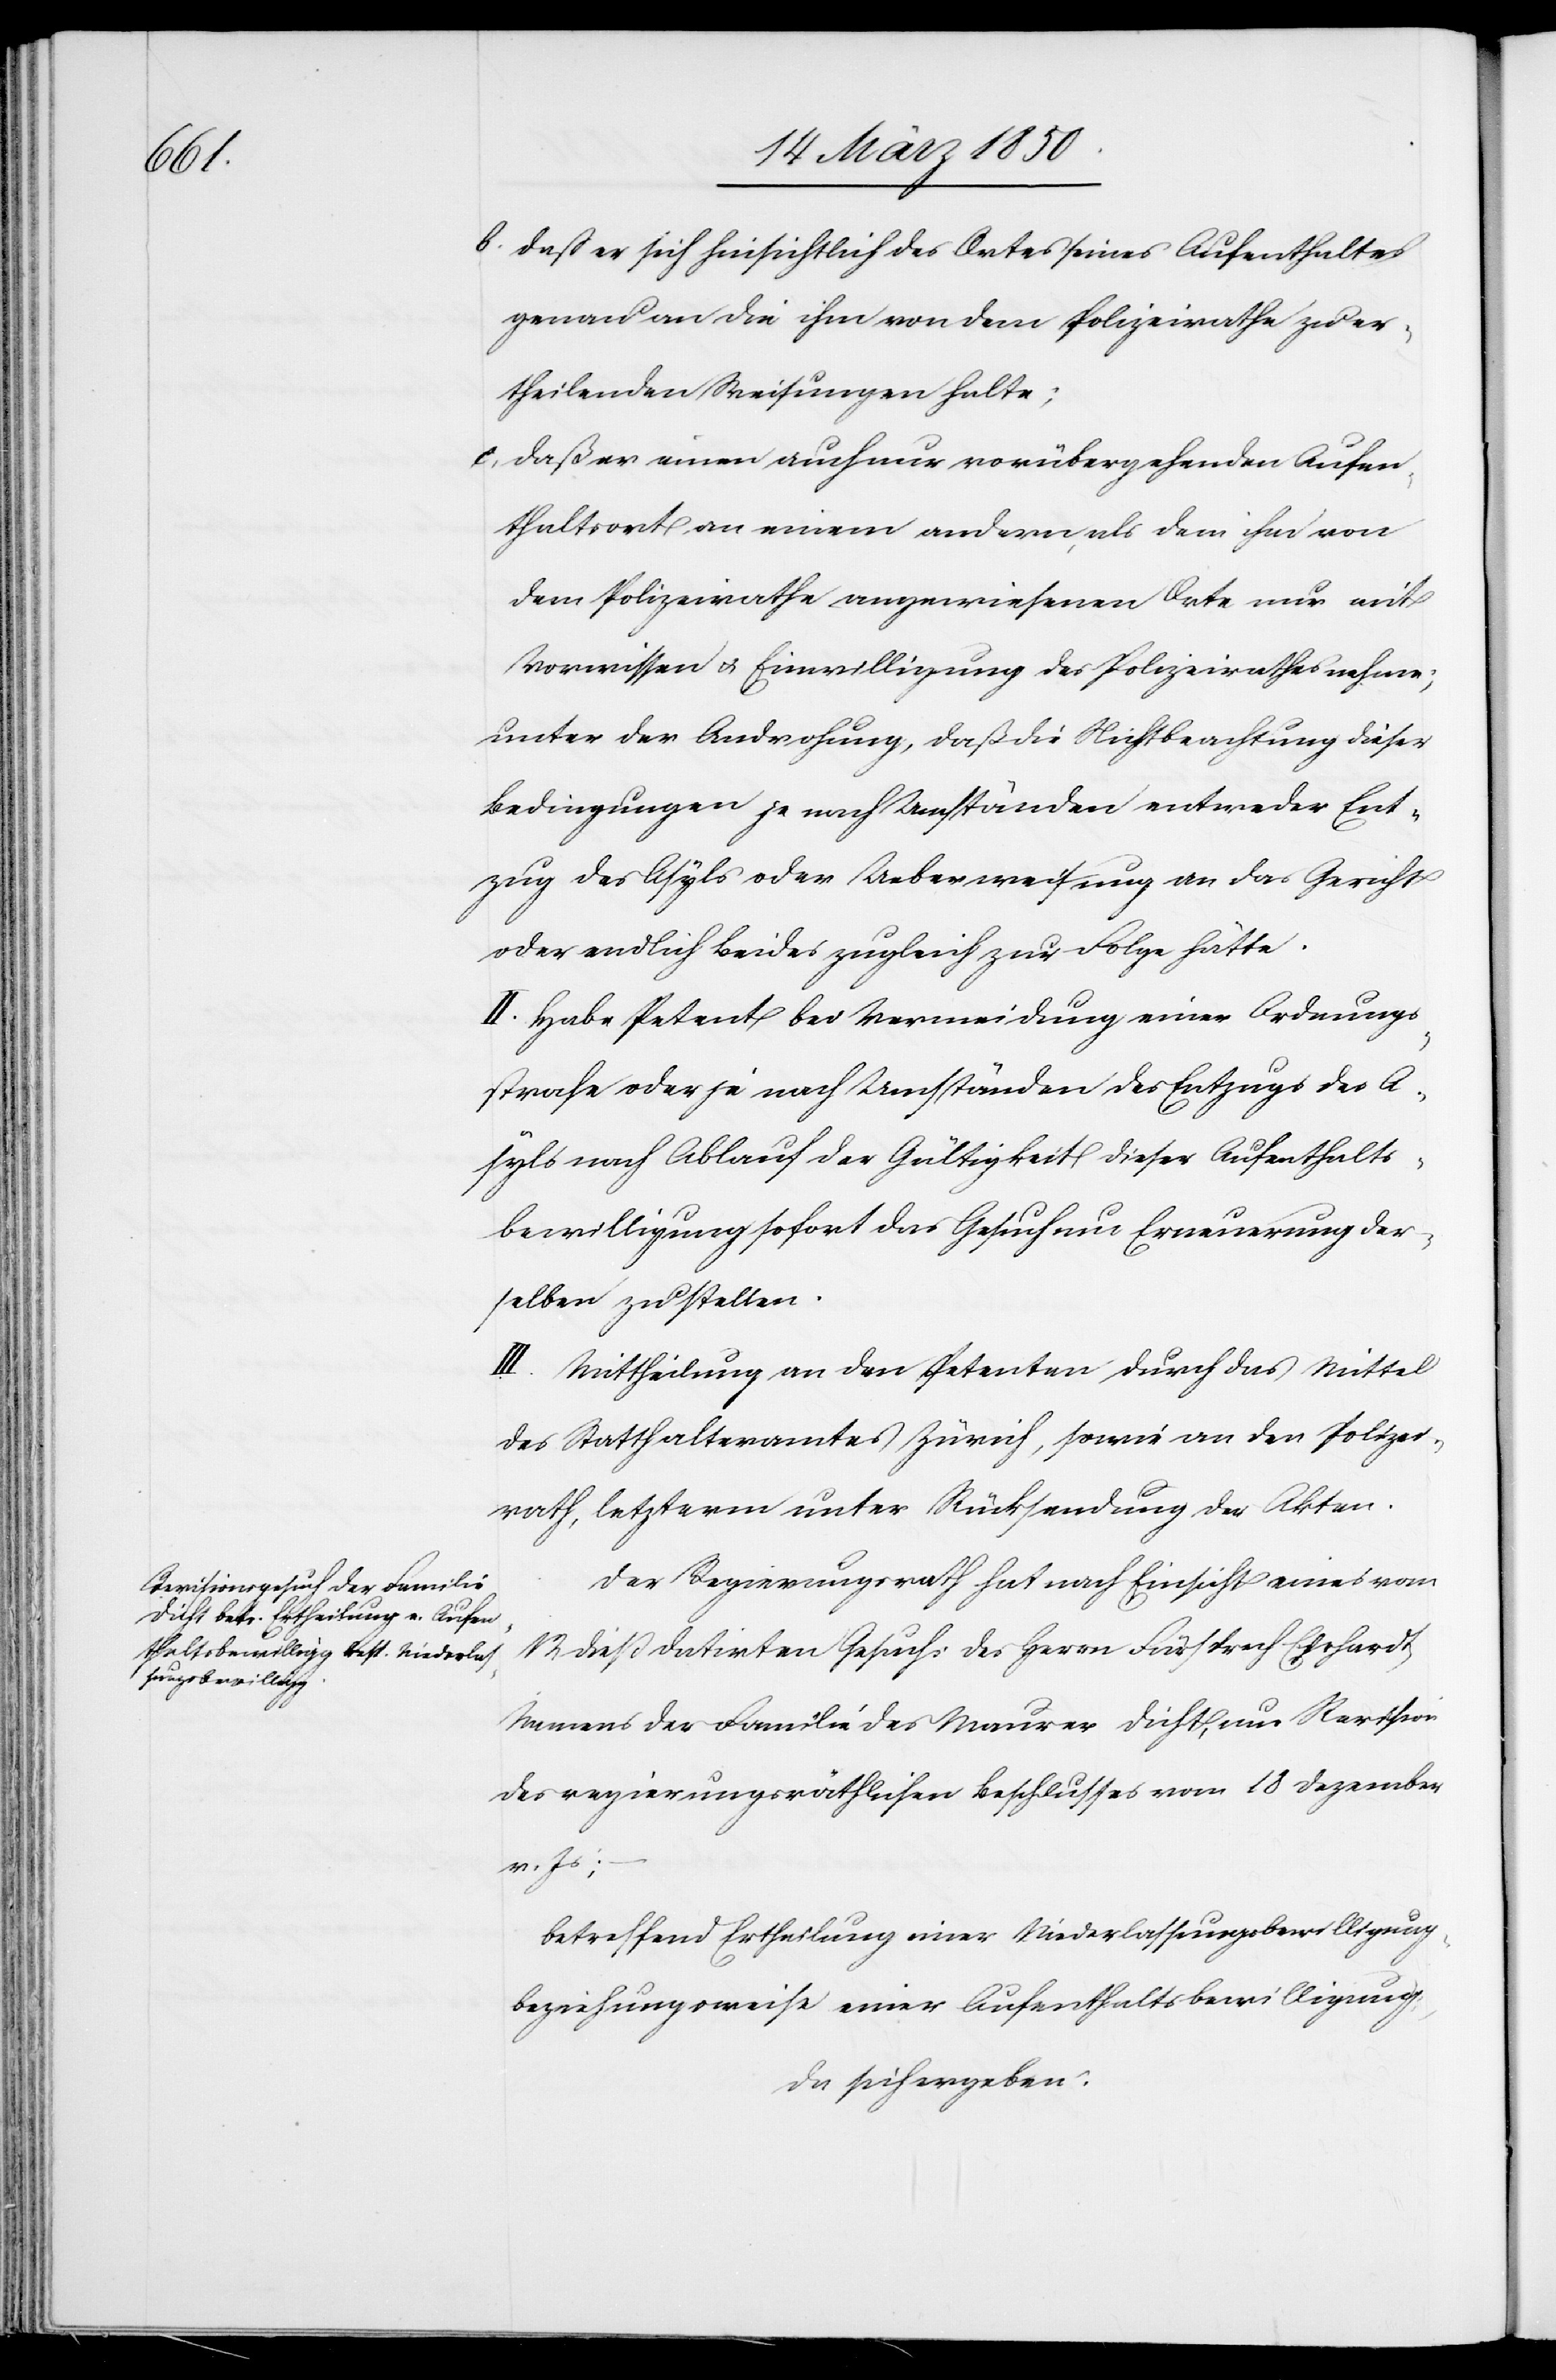
b. daß er sich hinsichtlich des Ortes seines Aufenthaltes
genau an die ihm von dem Polizeirathe zu er¬
theilenden Weisungen halte;
c, daß er einen auch nur vorübergehenden Aufen¬
thaltsort an einem andern, als dem ihm von
dem Polizeirathe angewiesenen Orte nur mit
Vorwissen u. Einwilligung des Polizeirathes nehme;
unter der Androhung, daß die Nichtbeachtung dieser
Bedingungen je nach Umständen entweder Ent¬
zug des Asyls oder Ueberweisung an das Gericht
oder endlich beides zugleich zur Folge hätte.
II. Habe Petent bei Vermeidung einer Ordnungs¬
strafe oder je nach Umständen des Entzugs des A¬
syls nach Ablauf der Gültigkeit dieser Aufenthalts¬
bewilligung sofort das Gesuch um Erneuerung der¬
selben zu stellen.
III. Mittheilung an den Petenten durch das Mittel
des Statthalteramtes Zürich, sowie an den Polizei¬
rath, letzterm unter Rücksendung der Akten.
Der Regierungsrath hat nach Einsicht eines vom
12 dieß datirten Gesuchs des Herrn Fürsprech Ehrhardt
Namens der Familie des Maurer Dicht, um Revision
des regierungsräthlichen Beschlusses vom 18 Dezember
v. Js;
betreffend Ertheilung einer Niederlassungsbewilligung
beziehungsweise einer Aufenthaltsbewilligung,
da sich ergeben: